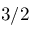
3 / 2